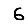
Digit: 6